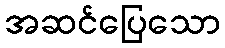
အဆင်ပြေသော